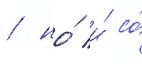
/ но́ и́ со́